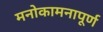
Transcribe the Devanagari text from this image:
मनोकामनापूर्ण